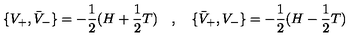
\lbrace V _ { + } , \bar { V } _ { - } \rbrace = - { \frac { 1 } { 2 } } ( H + { \frac { 1 } { 2 } } T ) \quad , \quad \lbrace \bar { V } _ { + } , V _ { - } \rbrace = - { \frac { 1 } { 2 } } ( H - { \frac { 1 } { 2 } } T )